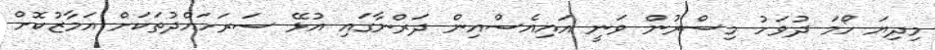
މިދިޔަ ހޯމަ ދުވަހު މިސްރުން ވަނީ އައިއެސްއިން ދަރްނާގައި އުޅޭ ސަރަހައްދުތަކަށް އަމާޒުކޮށް